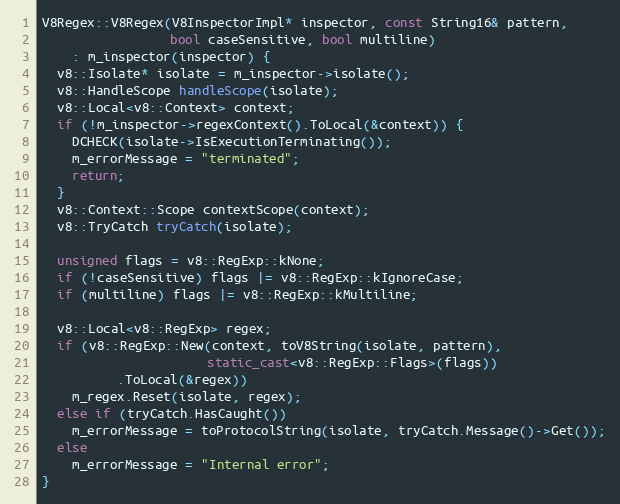
Language: C++
V8Regex::V8Regex(V8InspectorImpl* inspector, const String16& pattern,
                 bool caseSensitive, bool multiline)
    : m_inspector(inspector) {
  v8::Isolate* isolate = m_inspector->isolate();
  v8::HandleScope handleScope(isolate);
  v8::Local<v8::Context> context;
  if (!m_inspector->regexContext().ToLocal(&context)) {
    DCHECK(isolate->IsExecutionTerminating());
    m_errorMessage = "terminated";
    return;
  }
  v8::Context::Scope contextScope(context);
  v8::TryCatch tryCatch(isolate);

  unsigned flags = v8::RegExp::kNone;
  if (!caseSensitive) flags |= v8::RegExp::kIgnoreCase;
  if (multiline) flags |= v8::RegExp::kMultiline;

  v8::Local<v8::RegExp> regex;
  if (v8::RegExp::New(context, toV8String(isolate, pattern),
                      static_cast<v8::RegExp::Flags>(flags))
          .ToLocal(&regex))
    m_regex.Reset(isolate, regex);
  else if (tryCatch.HasCaught())
    m_errorMessage = toProtocolString(isolate, tryCatch.Message()->Get());
  else
    m_errorMessage = "Internal error";
}